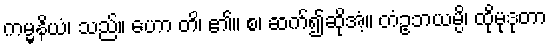
ကမ္မနိယံ၊ သည်။ ဟော တိ၊ ၏။ စ၊ ဆက်၍ဆိုအံ့။ တံဥဘယမ္ပိ၊ ထိုမုဒုတာ